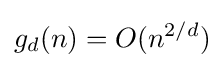
g_{d}(n)=O(n^{2/d})